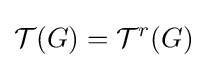
{\mathcal {T}}(G)={\mathcal {T}}^{r}(G)